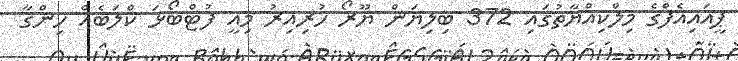
ޕީއައިއެފްގެ މިލްކިއްޔާތުގައި 372 ބިލިޔަން ޔޫރޯ ހުރިއިރު މިއީ ފުޓްބޯޅަ ކްލަބެއް ހިންގާ